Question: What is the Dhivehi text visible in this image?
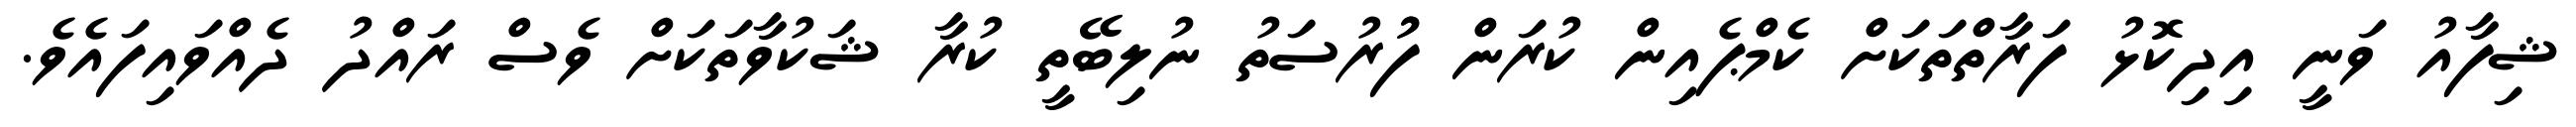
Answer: ޝިފާއު ވަނީ އިދިކޮޅު ފަރާތްތަކަށް ކެމްޕެއިން ކުރަން ފުުރުސަތު ނުލިބޭތީ ކުރާ ޝަކުވާތަކަށް ވެސް ރައްދު ދެއްވައިފައެވެ.